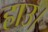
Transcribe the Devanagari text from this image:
हाउ।